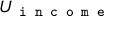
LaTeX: U _ { \texttt { i n c o m e } }